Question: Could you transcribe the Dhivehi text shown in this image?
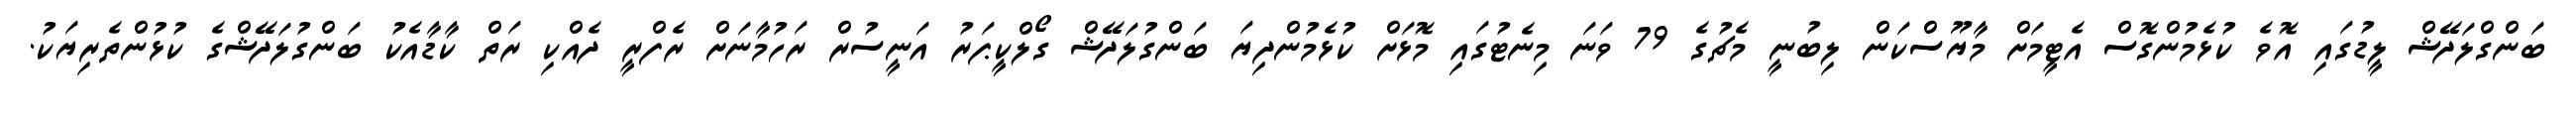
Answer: ބަންގްލަދޭޝް ލީޑުގައި އޮވެ ކުޅެމުންގޮސް އެޓީމަށް މާޔޫސްކަން ލިބުނީ މެޗުގެ 79 ވަނަ މިނެޓުގައި މޮޅަށް ކުޅެމުންދިޔަ ބަންގުލަދޭޝް ގޯލްކީޕަރު އަނީސުރް ރަހުމާނަށް ރެފްރީ ދެއްކި ރަތް ކާޑާއެކު ބަންގުލަދޭޝްގެ ކުޅުންތެރިޔަކު.